Lunatic asylums Punjab 1868-1880 - 1868-1880
Year: 1868
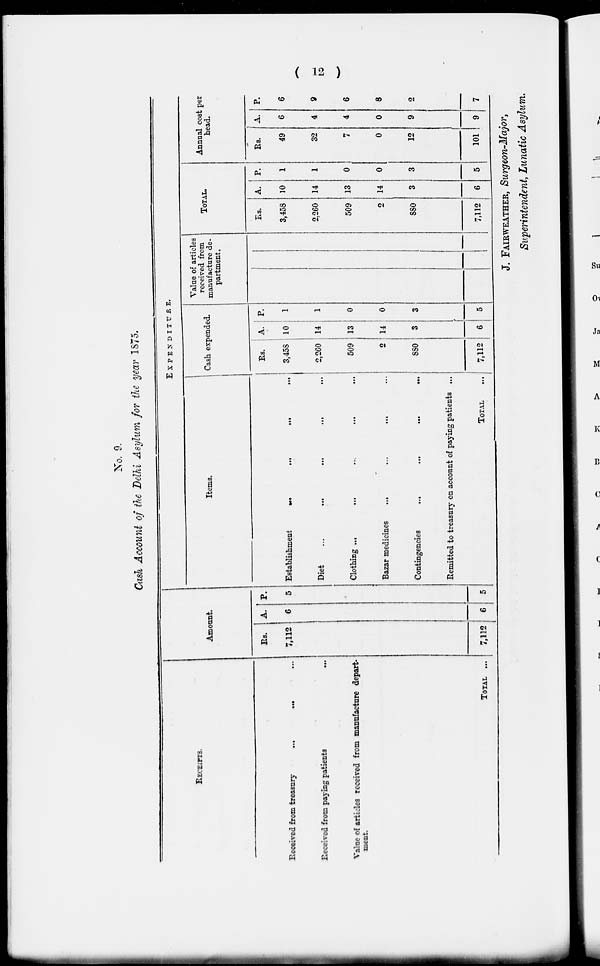
( 12 )
No. 9.
Cash Account of the Delhi Asylum for the year 1875.
RECEIPTS,
Received from treasury
...
...
...
Received from paying patients
...
Value of articles received from manufacture depart-
ment.
TOTAL ...
Amount.
Rs.
7,112
7,112
A.
6
6
P.
5
5
EXPENDITURE.
Items.
Establishment
...
...
...
...
Diet
...
...
...
...
...
Clothing ...
...
...
...
...
Bazar medicines
...
...
... ...
Contingencies
...
...
...
...
Remitted to treasury on account of paying patients ...
TOTAL ...
Cash expended.
Rs.
3,458
2,260
509
2
880
7,112
A.
10
14
13
14
3
6
P.
1
1
0
0
3
5
Value of articles
received from
manufacture de-
partment.
TOTAL.
Rs.
3,458
2,260
509
2
880
7,112
A.
10
14
13
14
3
6
P.
1
1
0
0
3
5
Annual cost per
head.
Rs.
49
32
7
0
12
101
A.
6
4
4
0
9
9
P.
6
9
6
8
2
7
J. FAIRWEATHER, Surgeon-Major,
Superintendent, Lunatic Asylum.